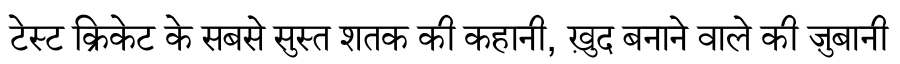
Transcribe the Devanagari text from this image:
टेस्ट क्रिकेट के सबसे सुस्त शतक की कहानी, ख़ुद बनाने वाले की ज़ुबानी